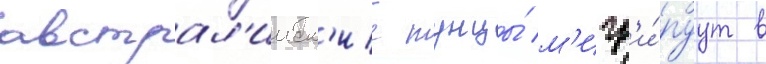
австрал'ииск'ие тунцы́ м'игр'и́руут в